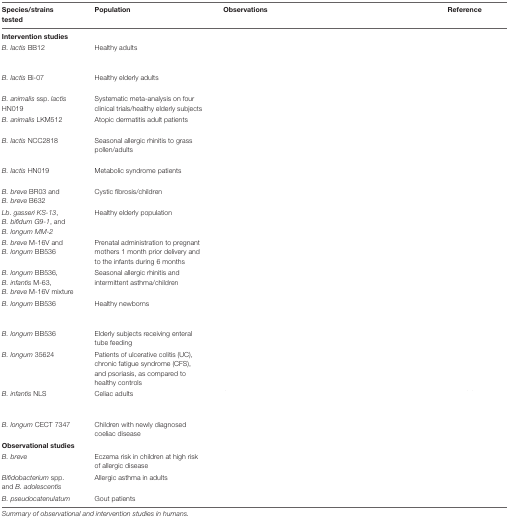
<table><thead><tr><td><b>Species/strains tested</b></td><td><b>Population</b></td><td><b>Observations</b></td><td><b>Reference</b></td></tr></thead><tbody><tr><td colspan="4"><b>Intervention studies</b></td></tr><tr><td><i>B. lactis</i> BB12</td><td>Healthy adults</td><td>[EMPTY_CELL]</td><td>[EMPTY_CELL]</td></tr><tr><td><i>B. lactis</i> Bi-07</td><td>Healthy elderly adults</td><td>[EMPTY_CELL]</td><td>[EMPTY_CELL]</td></tr><tr><td><i>B. animalis</i> ssp. <i>lactis</i> HN019</td><td>Systematic meta-analysis on four clinical trials/healthy elderly subjects</td><td>[EMPTY_CELL]</td><td>[EMPTY_CELL]</td></tr><tr><td><i>B. animalis</i> LKM512</td><td>Atopic dermatitis adult patients</td><td>[EMPTY_CELL]</td><td>[EMPTY_CELL]</td></tr><tr><td><i>B. lactis</i> NCC2818</td><td>Seasonal allergic rhinitis to grass pollen/adults</td><td>[EMPTY_CELL]</td><td>[EMPTY_CELL]</td></tr><tr><td><i>B. lactis</i> HN019</td><td>Metabolic syndrome patients</td><td>[EMPTY_CELL]</td><td>[EMPTY_CELL]</td></tr><tr><td><i>B. breve</i> BR03 and <i>B. breve</i> B632</td><td>Cystic fibrosis/children</td><td>[EMPTY_CELL]</td><td>[EMPTY_CELL]</td></tr><tr><td><i>Lb. gasseri KS-13</i>, <i>B. bifidum G9-1</i>, and <i>B. longum MM-2</i></td><td>Healthy elderly population</td><td>[EMPTY_CELL]</td><td>[EMPTY_CELL]</td></tr><tr><td><i>B. breve</i> M-16V and <i>B. longum</i> BB536</td><td>Prenatal administration to pregnant mothers 1 month prior delivery and to the infants during 6 months</td><td>[EMPTY_CELL]</td><td>[EMPTY_CELL]</td></tr><tr><td><i>B. longum</i> BB536, <i>B. infantis</i> M-63, <i>B. breve</i> M-16V mixture</td><td>Seasonal allergic rhinitis and intermittent asthma/children</td><td>[EMPTY_CELL]</td><td>[EMPTY_CELL]</td></tr><tr><td><i>B. longum</i> BB536</td><td>Healthy newborns</td><td>[EMPTY_CELL]</td><td>[EMPTY_CELL]</td></tr><tr><td><i>B. longum</i> BB536</td><td>Elderly subjects receiving enteral tube feeding</td><td>[EMPTY_CELL]</td><td>[EMPTY_CELL]</td></tr><tr><td><i>B. longum</i> 35624</td><td>Patients of ulcerative colitis (UC), chronic fatigue syndrome (CFS), and psoriasis, as compared to healthy controls</td><td>[EMPTY_CELL]</td><td>[EMPTY_CELL]</td></tr><tr><td><i>B. infantis</i> NLS</td><td>Celiac adults</td><td>[EMPTY_CELL]</td><td>[EMPTY_CELL]</td></tr><tr><td><i>B. longum</i> CECT 7347</td><td>Children with newly diagnosed coeliac disease</td><td>[EMPTY_CELL]</td><td>[EMPTY_CELL]</td></tr><tr><td colspan="4"><b>Observational studies</b></td></tr><tr><td><i>B. breve</i></td><td>Eczema risk in children at high risk of allergic disease</td><td>[EMPTY_CELL]</td><td>[EMPTY_CELL]</td></tr><tr><td><i>Bifidobacterium</i> spp. and <i>B. adolescentis</i></td><td>Allergic asthma in adults</td><td>[EMPTY_CELL]</td><td>[EMPTY_CELL]</td></tr><tr><td><i>B. pseudocatenulatum</i></td><td>Gout patients</td><td>[EMPTY_CELL]</td><td>[EMPTY_CELL]</td></tr></tbody></table>